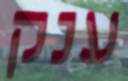
ענק